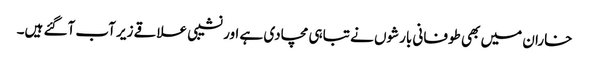
خاران میں بھی طوفانی بارشوں نے تباہی مچادی ہے اور نشیبی علاقے زیر آب آگئے ہیں۔